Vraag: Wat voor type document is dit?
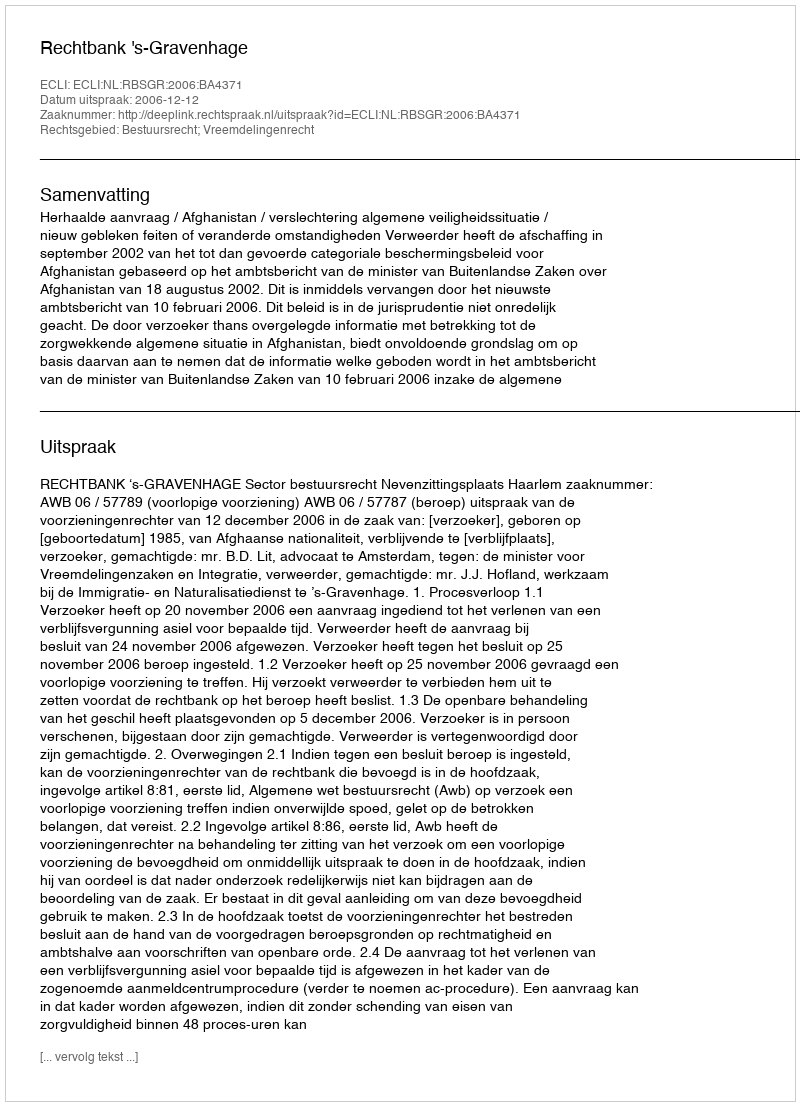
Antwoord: Uitspraak